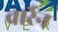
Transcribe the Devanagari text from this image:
वार्रेन